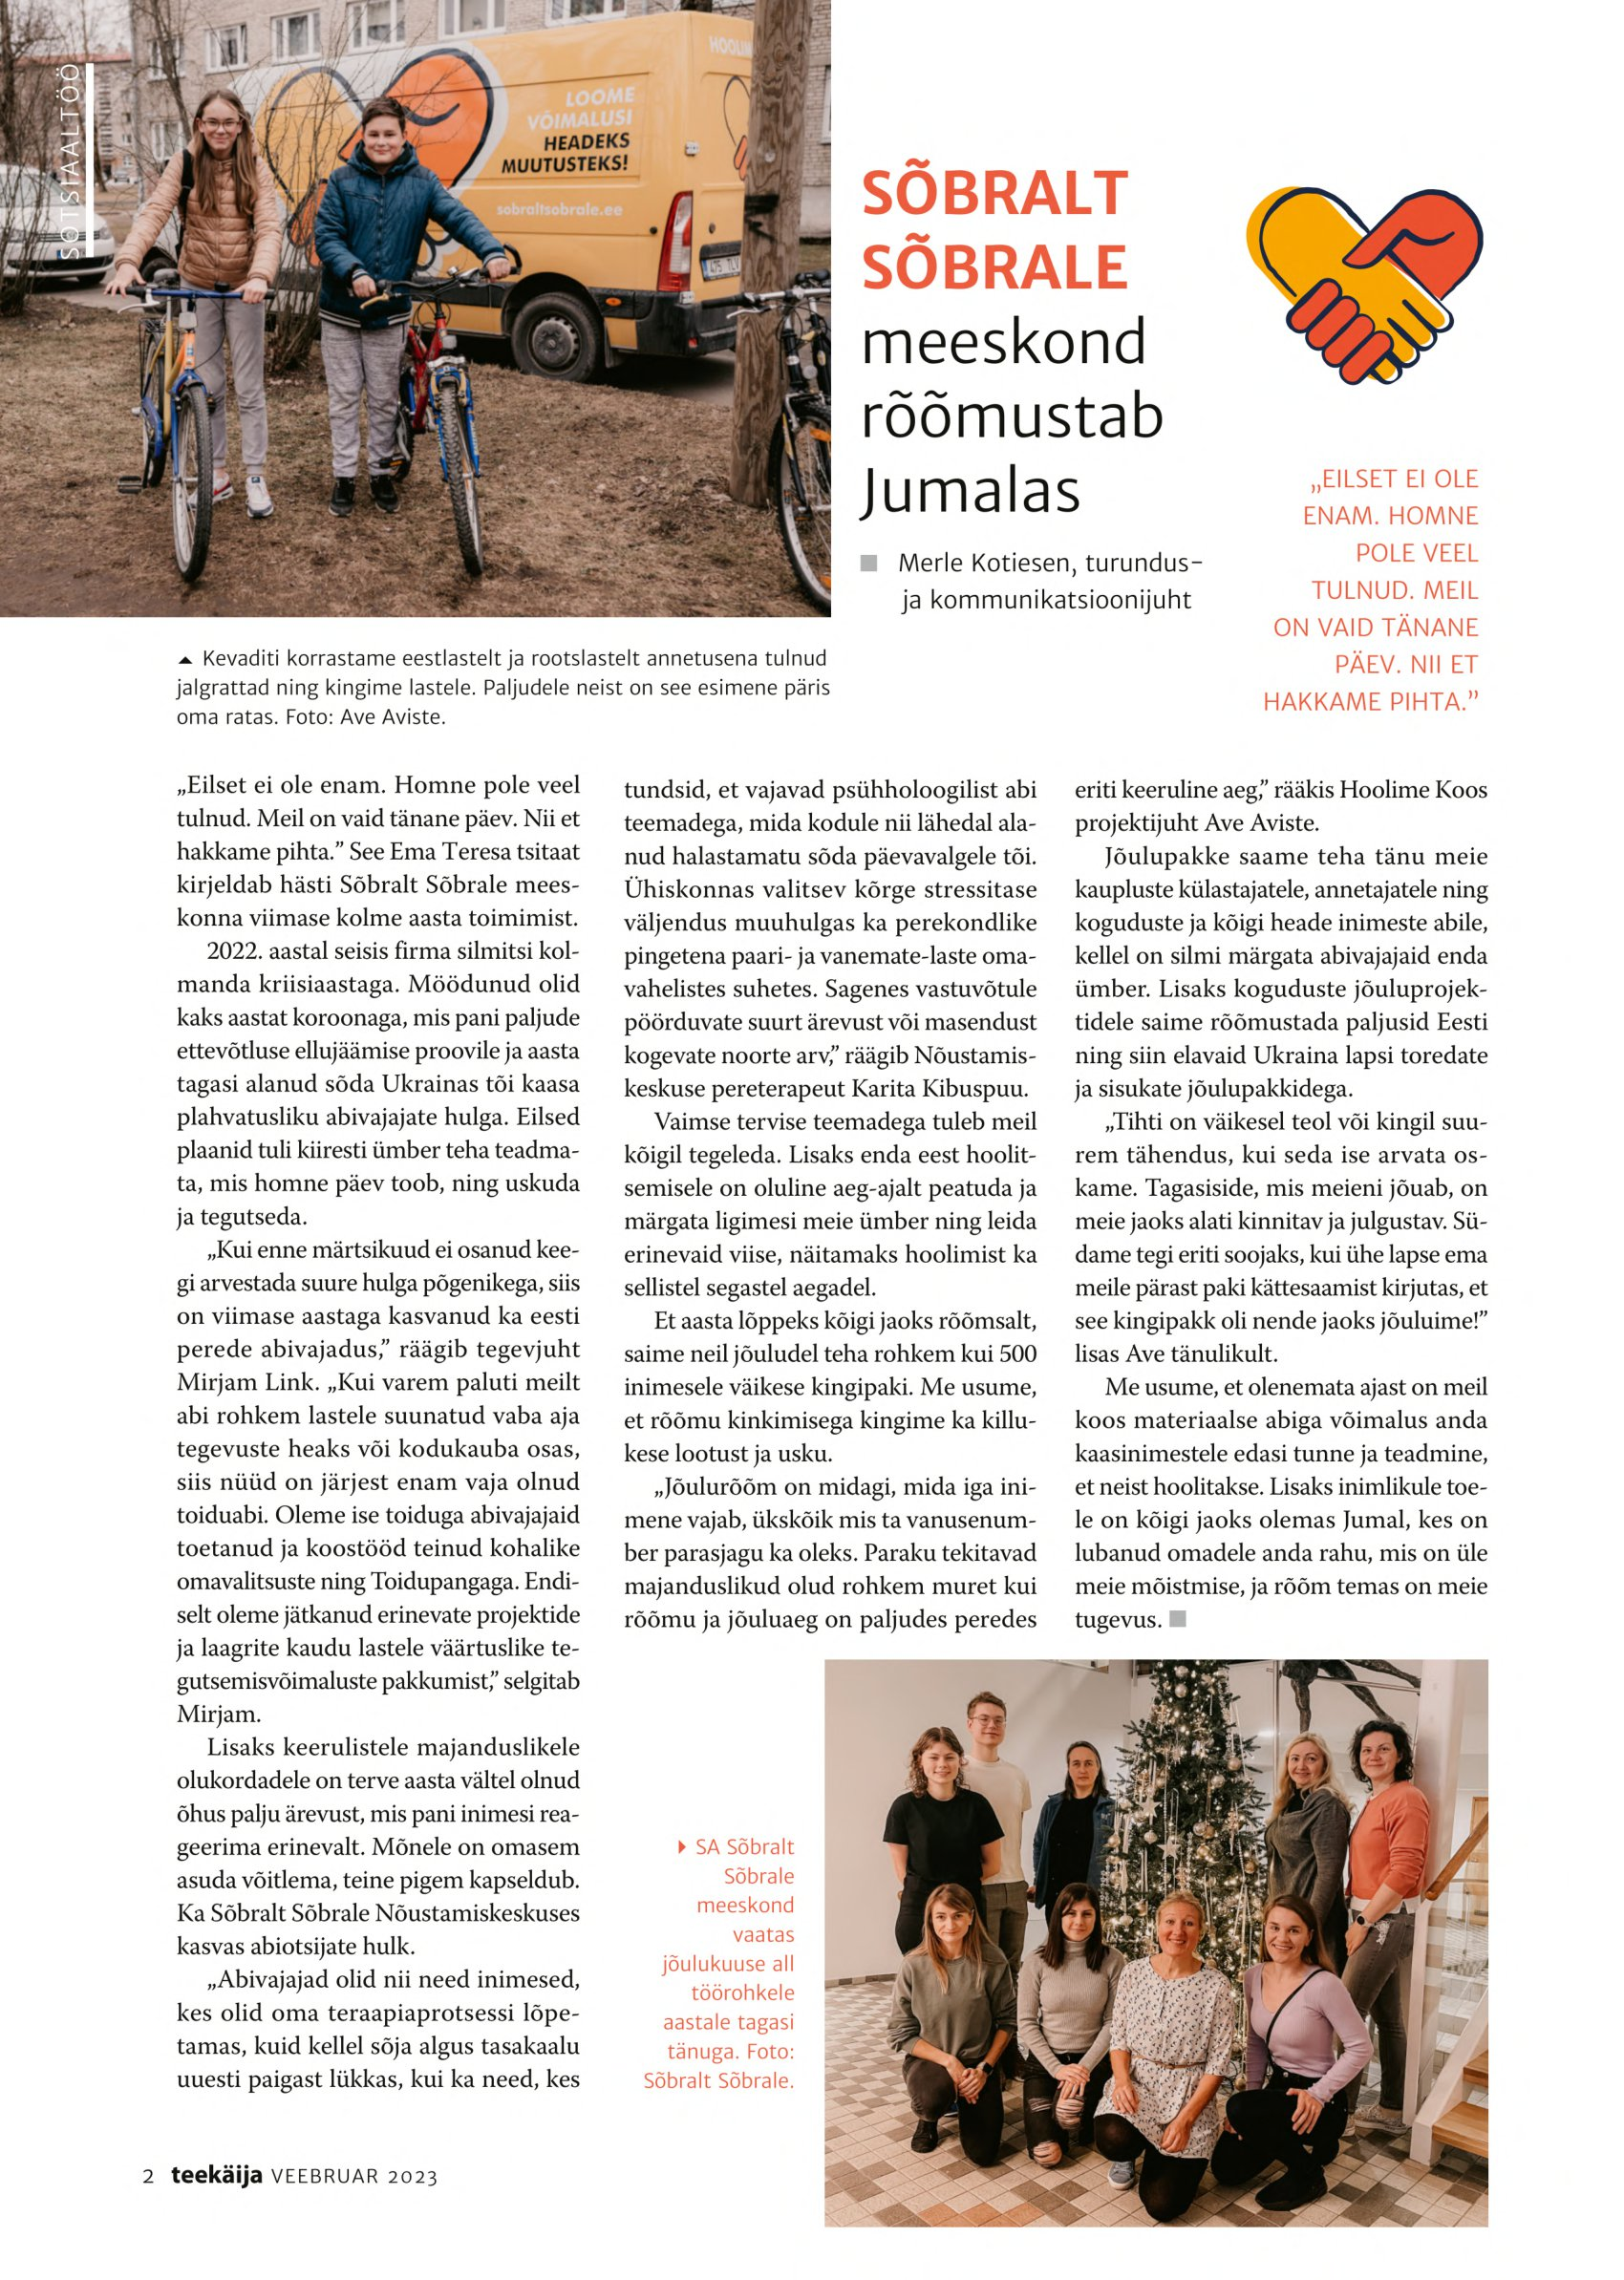
Language: et